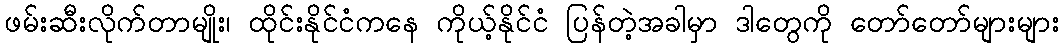
ဖမ်းဆီးလိုက်တာမျိုး၊ ထိုင်းနိုင်ငံကနေ ကိုယ့်နိုင်ငံ ပြန်တဲ့အခါမှာ ဒါတွေကို တော်တော်များများ